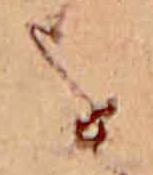
を